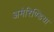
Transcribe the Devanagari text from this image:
अमेरिण्डिया